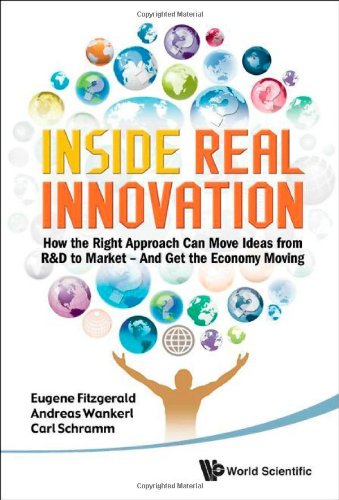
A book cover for Inside Real Innovation: Å¡How the Right Approach Can Move Ideas from R&D to Market - And Get the Economy Moving; Eugene Fitzgerald; Business & Money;